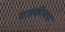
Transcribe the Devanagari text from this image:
राजकीयच